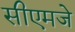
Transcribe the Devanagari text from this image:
सीएमजे